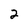
Character: 2